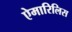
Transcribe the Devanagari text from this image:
ऐमारिलिस